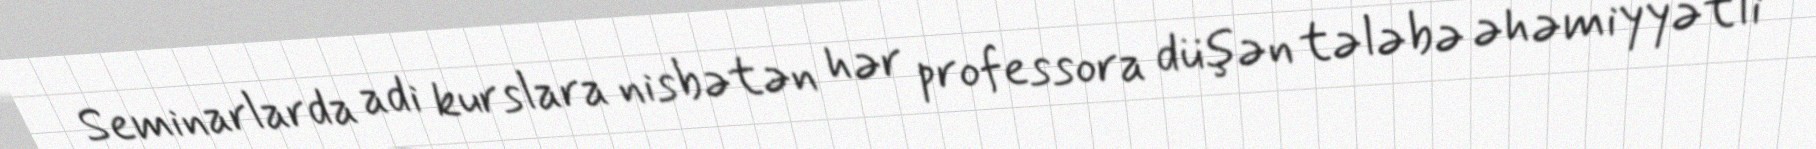
Seminarlarda adi kurslara nisbətən hər professora düşən tələbə əhəmiyyətli